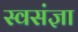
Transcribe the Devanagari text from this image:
स्वसंज्ञा